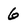
Character: 6